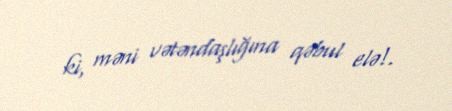
ki, məni vətəndaşlığına qəbul elə!.